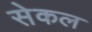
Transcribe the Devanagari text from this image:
सेकल